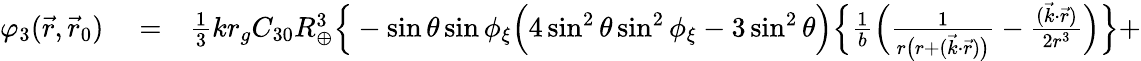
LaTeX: \begin{array}{rlr}{\varphi_{3}(\vec{r},\vec{r}_{0})}&{{}=}&{{\textstyle\frac{1}{3}}kr_{g}C_{30}R_{\oplus}^{3}\Big\{ -\sin\theta\sin\phi_{\xi}\Big(4\sin^{2}\theta\sin^{2}\phi_{\xi}-3\sin^{2}\theta\Big)\Big\{ \frac{1}{b}\Big(\frac{1}{r\big(r+(\vec{k}\cdot\vec{r})\big)}-\frac{(\vec{k}\cdot\vec{r})}{2r^{3}}\Big)\Big\} +}\end{array}